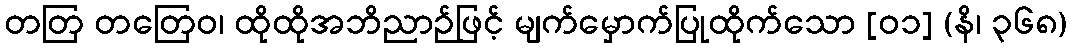
တတြ တတြေဝ၊ ထိုထိုအဘိညာဉ်ဖြင့် မျက်မှောက်ပြုထိုက်သော [၀၁] (နိ၊ ၃၆၈)